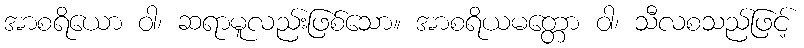
အာစရိယော ဝါ၊ ဆရာမူလည်းဖြစ်သော။ အာစရိယမတ္တော ဝါ၊ သီလစသည်ဖြင့်